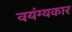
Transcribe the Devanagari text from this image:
वयंग्यकार